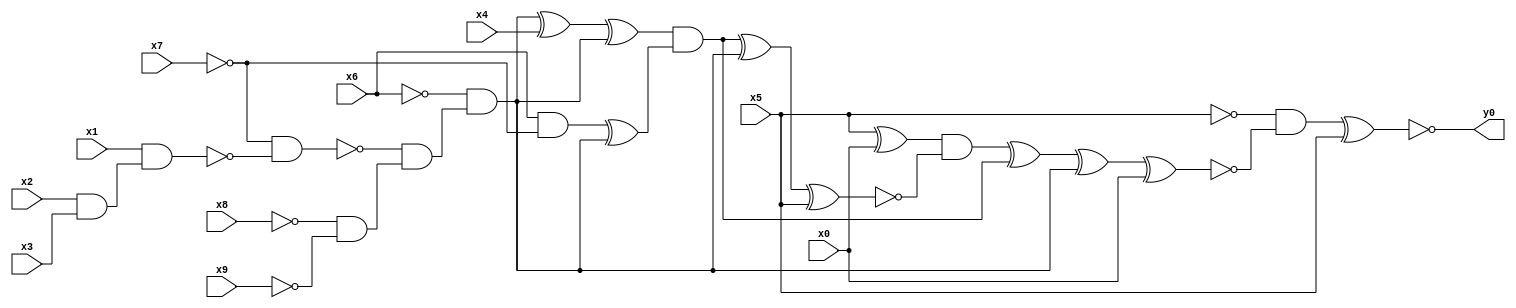
module top( x0 , x1 , x2 , x3 , x4 , x5 , x6 , x7 , x8 , x9 , y0 );
  input x0 , x1 , x2 , x3 , x4 , x5 , x6 , x7 , x8 , x9 ;
  output y0 ;
  wire n11 , n12 , n13 , n14 , n15 , n16 , n17 , n18 , n19 , n20 , n21 , n22 , n23 , n24 , n25 , n26 , n27 , n28 , n29 , n30 ;
  assign n11 = x5 ^ x0 ;
  assign n12 = x2 & x3 ;
  assign n13 = x1 & n12 ;
  assign n14 = ~x7 & ~n13 ;
  assign n15 = ~x8 & ~x9 ;
  assign n16 = ~n14 & n15 ;
  assign n17 = ~x6 & n16 ;
  assign n18 = n17 ^ x4 ;
  assign n19 = n18 ^ n17 ;
  assign n20 = x6 & ~x7 ;
  assign n21 = n20 ^ n17 ;
  assign n22 = n19 & n21 ;
  assign n23 = n22 ^ n17 ;
  assign n24 = n23 ^ x5 ;
  assign n25 = n11 & ~n24 ;
  assign n26 = n25 ^ n22 ;
  assign n27 = n26 ^ n17 ;
  assign n28 = n27 ^ x0 ;
  assign n29 = ~x5 & ~n28 ;
  assign n30 = n29 ^ x5 ;
  assign y0 = ~n30 ;
endmodule